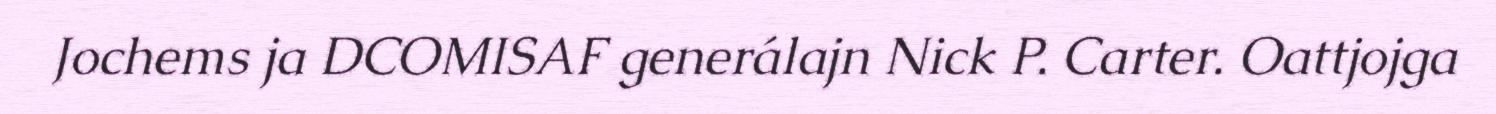
Jochems ja DCOMISAF generálajn Nick P. Carter. Oattjojga